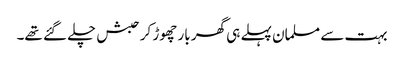
بہت سے مسلمان پہلے ہی گھر بار چھوڑ کر حبش چلے گئے تھے۔